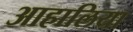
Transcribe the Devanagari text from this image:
आहालिया